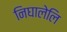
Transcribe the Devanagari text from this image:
निघालेलि